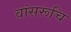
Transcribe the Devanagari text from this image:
वांसरूचि